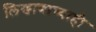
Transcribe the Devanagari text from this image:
लिखाणाच्याही